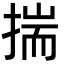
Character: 揣